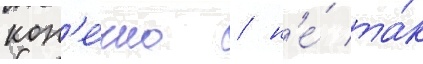
кон'е́чно / н'е́ та́к